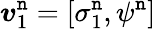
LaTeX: \boldsymbol{v}_{1}^{\mathtt{n}}=\left[\sigma_{1}^{\mathtt{n}},\psi^{\mathtt{n}}\right]